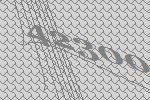
42300